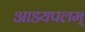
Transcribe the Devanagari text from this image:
आडयपलम्‌